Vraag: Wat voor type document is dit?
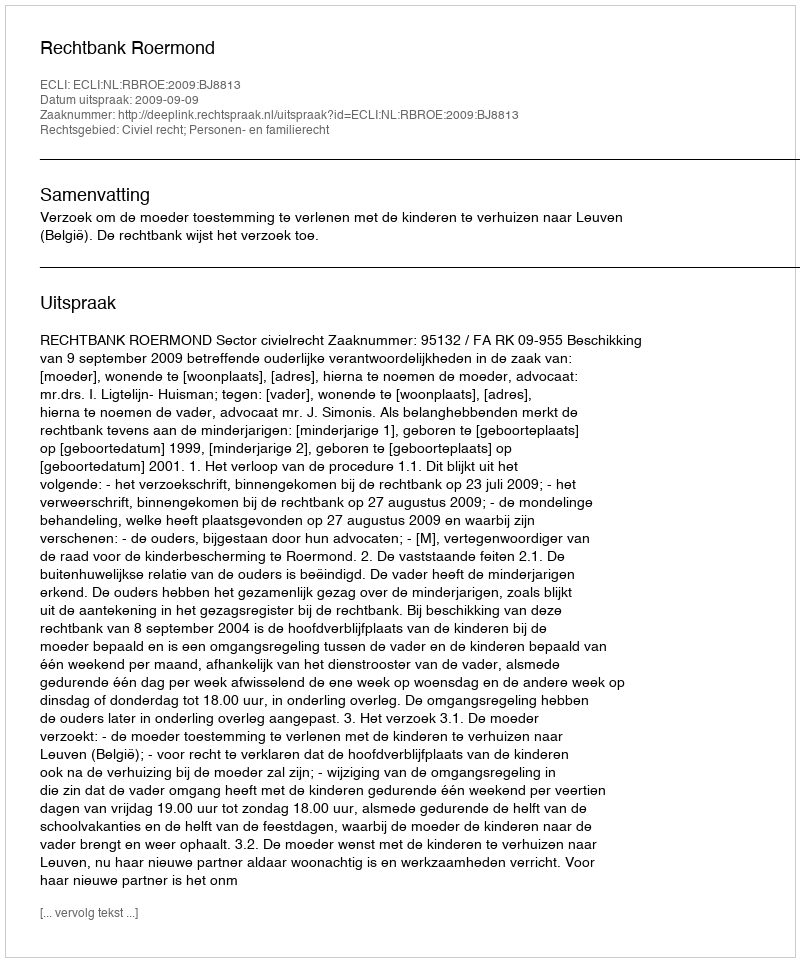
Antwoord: Uitspraak